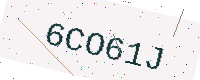
Text: 6CO61J